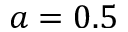
a = 0 . 5